Indian journal of veterinary science and animal husbandry - Volume 1,
Year: 1931
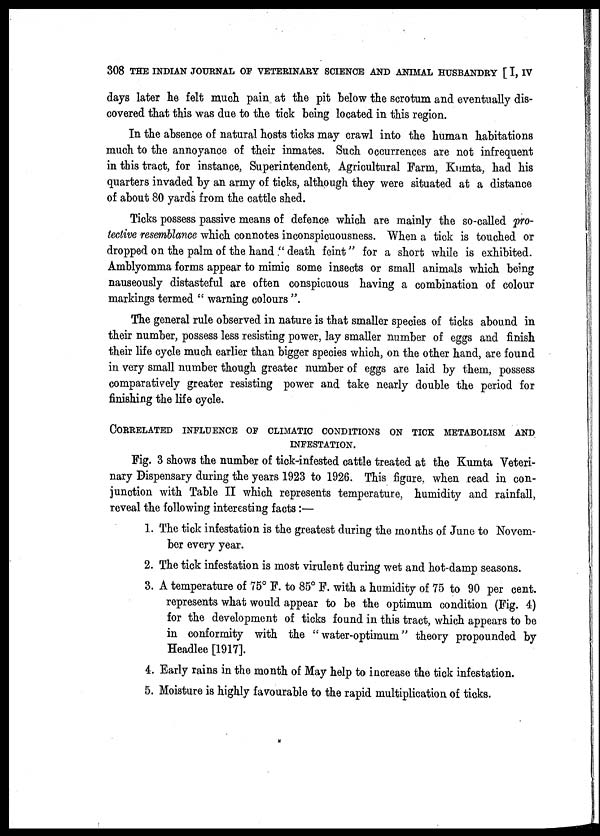
308 THE INDIAN JOURNAL OF VETERINARY SCIENCE AND ANIMAL HUSBANDRY [ I, IV
days later he felt much pain at the pit below the scrotum and eventually dis-
covered that this was due to the tick being located in this region.
In the absence of natural hosts ticks may crawl into the human habitations
much to the annoyance of their inmates. Such occurrences are not infrequent
in this tract, for instance, Superintendent, Agricultural Farm, Kumta, had his
quarters invaded by an army of ticks, although they were situated at a distance
of about 80 yards from the cattle shed.
Ticks possess passive means of defence which are mainly the so-called pro-
tective resemblance which connotes inconspicuousness. When a tick is touched or
dropped on the palm of the hand ." death feint" for a short while is exhibited.
Amblyomma forms appear to mimic some insects or small animals which being
nauseously distasteful are often conspicuous having a combination of colour
markings termed " warning colours ".
The general rule observed in nature is that smaller species of ticks abound in
their number, possess less resisting power, lay smaller number of eggs and finish
their life cycle much earlier than bigger species which, on the other hand, are found
in very small number though greater number of eggs are laid by them, possess
comparatively greater resisting power and take nearly double the period for
finishing the life cycle.
CORRELATED INFLUENCE OF CLIMATIC CONDITIONS ON TICK METABOLISM AND
INFESTATION.
Fig. 3 shows the number of tick-infested cattle treated at the Kumta Veteri-
nary Dispensary during the years 1923 to 1926. This figure, when read in con-
junction with Table II which represents temperature, humidity and rainfall,
reveal the following interesting facts:—
1. The tick infestation is the greatest during the months of June to Novem-
ber every year.
2. The tick infestation is most virulent during wet and hot-damp seasons.
3. A temperature of 75° F. to 85° F. with a humidity of 75 to 90 per cent.
represents what would appear to be the optimum condition (Fig. 4)
for the development of ticks found in this tract, which appears to be
in conformity with the "water-optimum" theory propounded by
Headlee [1917].
4. Early rains in the month of May help to increase the tick infestation.
5. Moisture is highly favourable to the rapid multiplication of ticks.